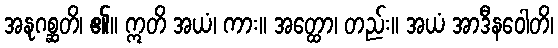
အနုဂစ္ဆတိ၊ ၏။ ဣတိ အယံ၊ ကား။ အတ္ထော၊ တည်း။ အယံ အာဒီနဝေါတိ၊